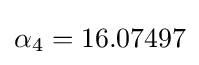
\alpha _{4}=16.07497